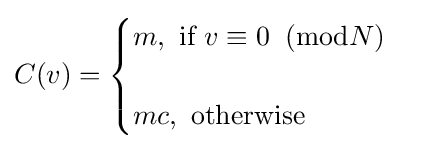
C(v)={\begin{cases}m,{\mbox{ if }}v\equiv 0\;\;({\mbox{mod}}N)\\\\mc,{\mbox{ otherwise }}\end{cases}}